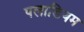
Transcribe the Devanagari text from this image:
पलाडियम